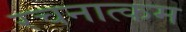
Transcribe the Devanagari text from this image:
रचनात्‍कम